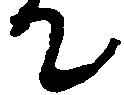
て